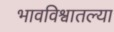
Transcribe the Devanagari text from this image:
भावविश्वातल्या